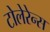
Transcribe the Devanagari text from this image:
टोलेरेन्स